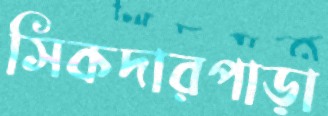
সিকদারপাড়া